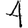
Digit: 4